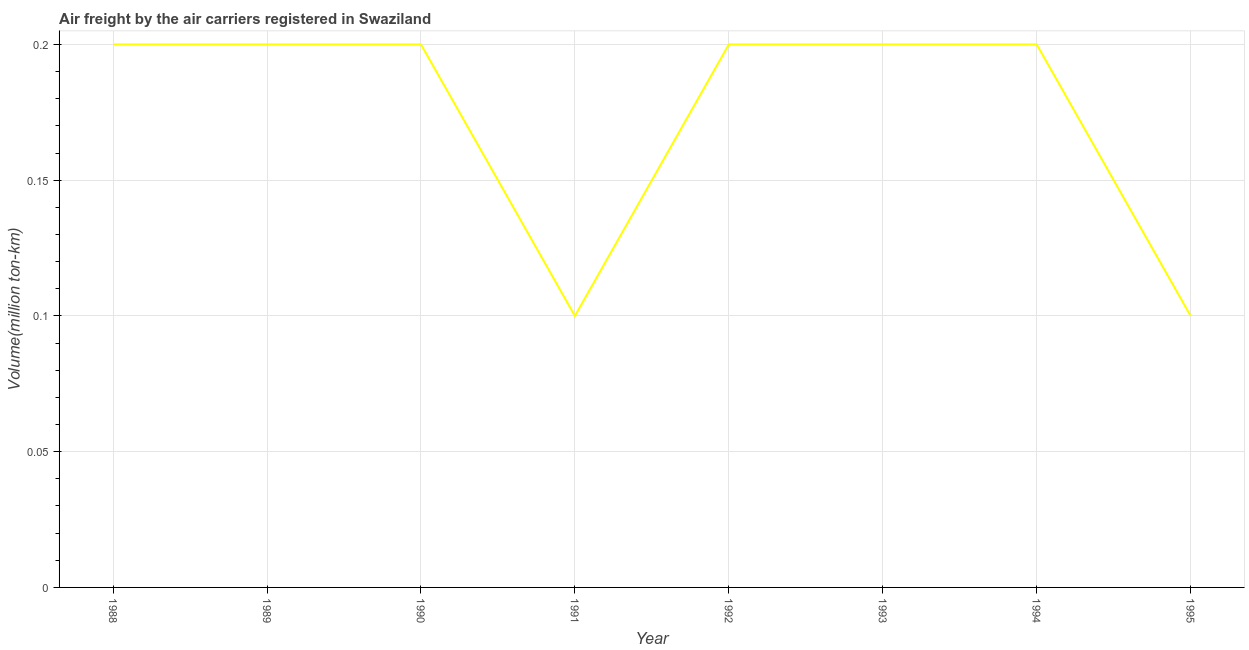
| Year | Air transport |
 | --- | --- |
 | 1988 | 0.2 |
 | 1989 | 0.2 |
 | 1990 | 0.2 |
 | 1991 | 0.1 |
 | 1992 | 0.2 |
 | 1993 | 0.2 |
 | 1994 | 0.2 |
 | 1995 | 0.1 |